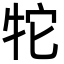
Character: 㸰